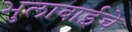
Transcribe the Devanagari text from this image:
भुलाबाईचे